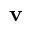
\mathbf { v }